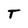
Character: T